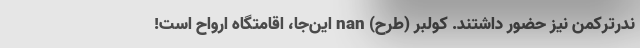
ندرترکمن نیز حضور داشتند. کولبر (طرح) nan این‌جا، اقامتگاه ارواح است!